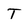
Character: T